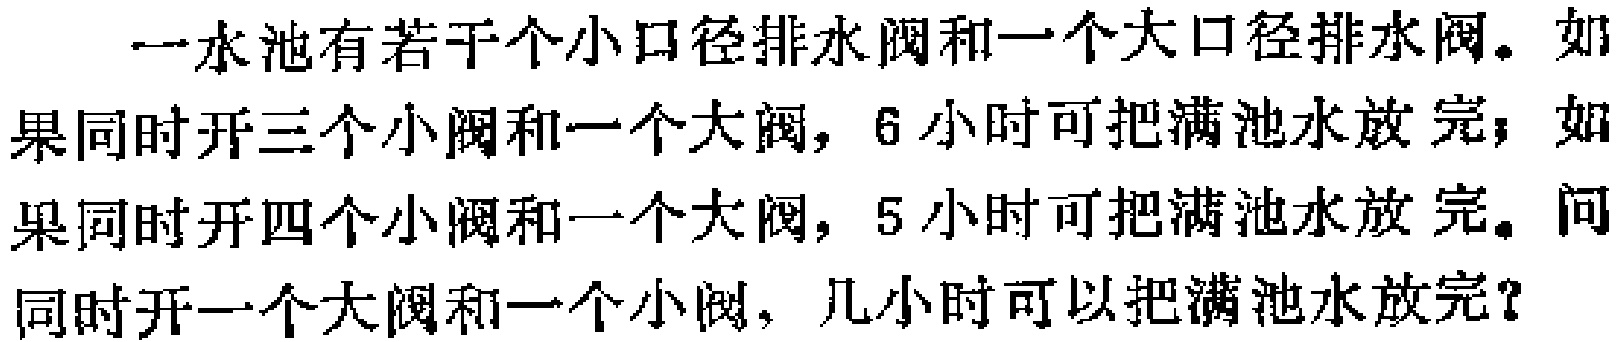
一水池有若干个小口径排水阀和一个大口径排水阀。如果同时开三个小阀和一个大阀，6 小时可把满池水放完；如果同时开四个小阀和一个大阀，5 小时可把满池水放完。问同时开一个大阀和一个小阀，几小时可以把满池水放完？